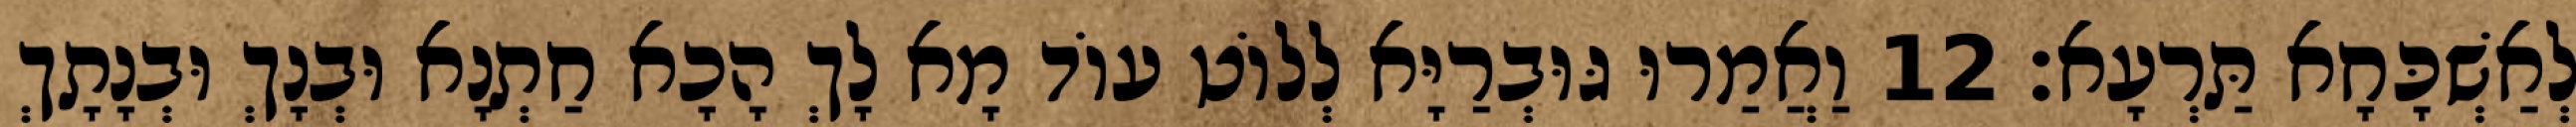
לְאַשְׁכָּחָא תַּרְעָא׃ 12 וַאֲמַרוּ גּוּבְרַיָּא לְלוֹט עוֹד מָא לָךְ הָכָא חַתְנָא וּבְנָךְ וּבְנָתָךְ